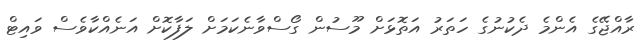
ރާއްޖޭގެ އެންމެ ދެކުނުގެ ހަތަރު އަތޮޅަށް މޫސުން ގޯސްވާނެކަމަށް ލަފާކޮށް އަނެއްކާވެސް ވައިޓް